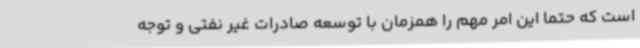
است که حتما این امر مهم را همزمان با توسعه صادرات غیر نفتی و توجه